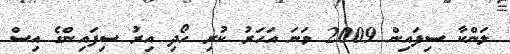
ލަންކާ ސިފައިން 2009 ވަނަ އަހަރު ކުރި ހޯދި އިރު ސިފައިންގެ އިސް